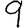
Digit: 9